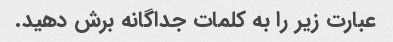
عبارت زیر را به کلمات جداگانه برش دهید.